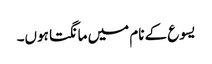
یسوع کے نام میں مانگتا ہوں۔